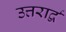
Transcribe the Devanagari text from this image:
उत्तरार्द्व